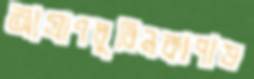
আগ্রাণলুবিনকাপাড